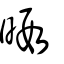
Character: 暇